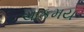
ચાકમય